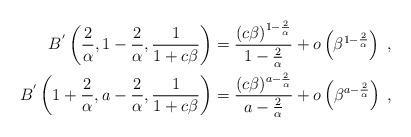
LaTeX: \begin{align*}B^{'}\left(\frac{2}{\alpha},1-\frac{2}{\alpha},\frac{1}{1+c\beta}\right)&= \frac{\left(c\beta\right)^{1-\frac{2}{\alpha}}}{1-\frac{2}{\alpha}}+o\left(\beta^{1-\frac{2}{\alpha}}\right)\;,\\B^{'}\left(1+\frac{2}{\alpha},a-\frac{2}{\alpha},\frac{1}{1+c\beta}\right)&= \frac{(c\beta)^{a-\frac{2}{\alpha}}}{a-\frac{2}{\alpha}}+o\left(\beta^{a-\frac{2}{\alpha}}\right)\;,\end{align*}